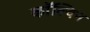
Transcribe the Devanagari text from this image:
काॅल्विन